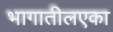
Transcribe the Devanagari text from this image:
भागातीलएका